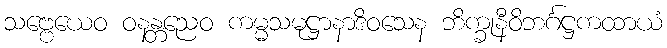
သဗ္ဗေယေဝ ဝနန္တညေဝ ကမ္မသမုဋ္ဌာနာဒိဝသေန ဘိက္ခုနီဝိဘင်္ဂဋ္ဌကထာယံ